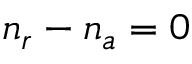
n _ { r } - n _ { a } = 0